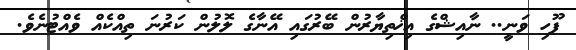
ފޫހި ވަނީ.. ނާއިޝްގެ އިޚްތިޔާރުން ބޭރުގައި އޭނާގެ ލޮލުން ކަރުނަ ތިއްކެއް ވެއްޓުނެވެ.